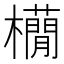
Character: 𣟫